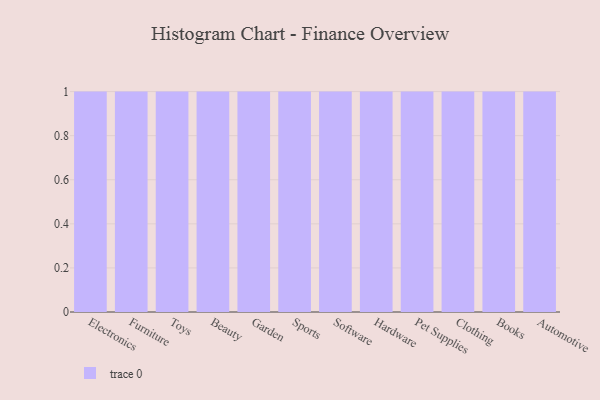
{"axis": {"x": "Category", "y": "Operating Costs (USD K)"}, "legend": [""], "data": [{"x": "Electronics", "y": 77, "type": ""}, {"x": "Furniture", "y": 49, "type": ""}, {"x": "Toys", "y": 5, "type": ""}, {"x": "Beauty", "y": 70, "type": ""}, {"x": "Garden", "y": 100, "type": ""}, {"x": "Sports", "y": 97, "type": ""}, {"x": "Software", "y": 27, "type": ""}, {"x": "Hardware", "y": 84, "type": ""}, {"x": "Pet Supplies", "y": 61, "type": ""}, {"x": "Clothing", "y": 93, "type": ""}, {"x": "Books", "y": 91, "type": ""}, {"x": "Automotive", "y": 65, "type": ""}]}